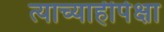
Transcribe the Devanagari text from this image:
त्याच्याहीपेक्षा